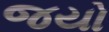
જયો